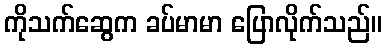
ကိုသက်ဆွေက ခပ်မာမာ ပြောလိုက်သည်။